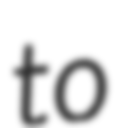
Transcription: to